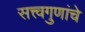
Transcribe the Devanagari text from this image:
सत्त्वगुणांचे